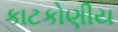
કાટકોણીય